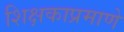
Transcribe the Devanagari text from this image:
शिक्षकाप्रमाणे